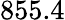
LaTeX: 855.4